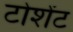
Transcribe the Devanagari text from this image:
टोशेंट